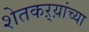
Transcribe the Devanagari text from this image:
शेतकऱ्य़ांच्या